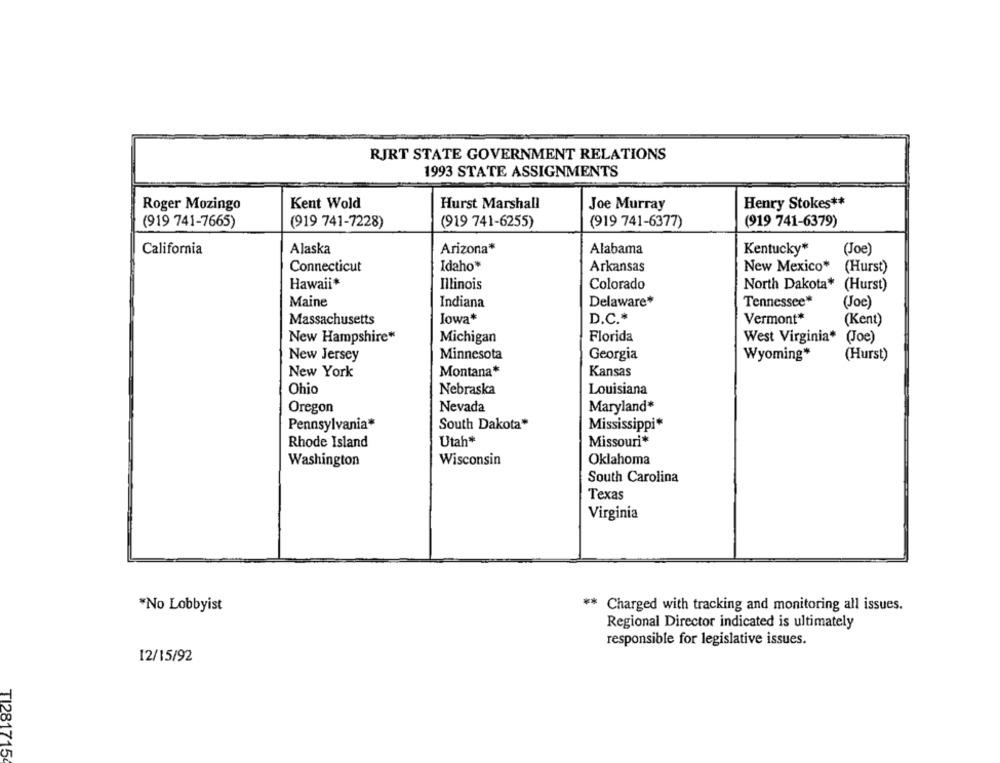
RJRT STATE GOVERNMENT RELATIONS
1993 STATE ASSIGNMENTS
Roger Mozingo
Kent Wold
Hurst Marshall
Joe Murray
Henry Stokes **
(919 741-7665)
(919 741-7228)
(919 741-6255)
(919 741-6377)
(919 741-6379)
California
Alaska
Arizona*
Alabama
Kentucky*
(Joe)
Idaho*
Arkansas
New Mexico*
Connecticut
(Hurst)
Hawaii*
Illinois
Colorado
North Dakota* (Hurst)
Maine
Indiana
Delaware*
Tennessee*
(Joe)
Massachusetts
Iowa*
D.C .*
Vermont*
(Kent)
New Hampshire*
Michigan
Florida
West Virginia*
(Joe)
New Jersey
Minnesota
Georgia
Wyoming*
(Hurst)
New York
Montana*
Kansas
Ohio
Nebraska
Louisiana
Oregon
Nevada
Maryland*
Pennsylvania*
South Dakota*
Mississippi*
Utah*
Missouri*
Rhode Island
Washington
Wisconsin
Oklahoma
South Carolina
Texas
Virginia
"No Lobbyist
** Charged with tracking and monitoring all issues.
Regional Director indicated is ultimately
responsible for legislative issues.
12/15/92
TI281715